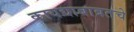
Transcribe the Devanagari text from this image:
कायद्याबाबतचे